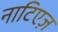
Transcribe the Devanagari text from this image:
नाटिएज़